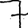
Digit: 7